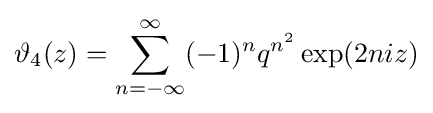
\vartheta _{4}(z)=\sum _{n=-\infty }^{\infty }(-1)^{n}q^{n^{2}}\exp(2niz)